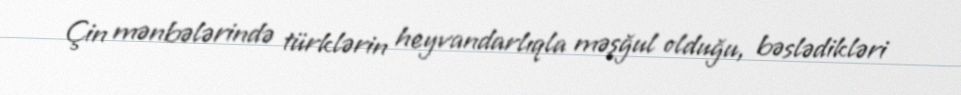
Çin mənbələrində türklərin heyvandarlıqla məşğul olduğu, bəslədikləri